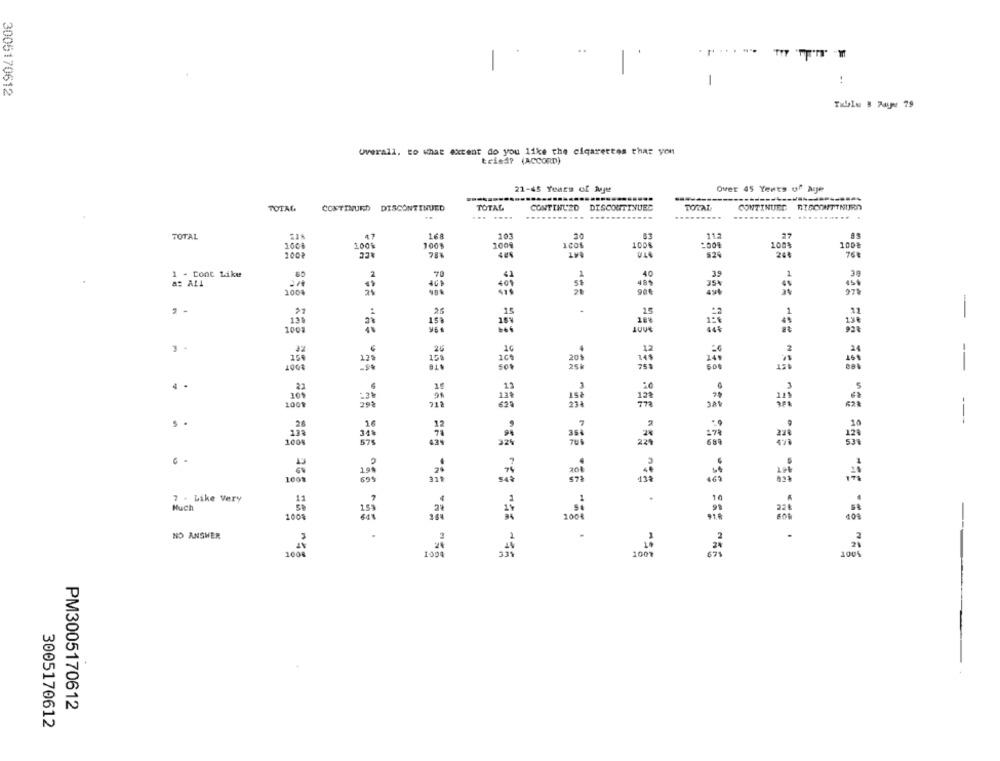
----
-
3005170612
Overall. to what extent do you like the cigarettes thar you
tried? (ACCORD)
21-45 Years of Age
Over 45 Years of Me
TOTAL
CONTINUED
TOTAL
CONTINUED DISCONTINUED
TOTAL
CONTINUED DISCONTINUED
... ...
-------
TOTAL
47
168
103
1001
1004
100%
100%
1008
100?
785
524
260
760
1 - Cont Like
2
1
70
a: ALL
200
2 -
:
.25
15
15
-
100
3 -
125
,26
-90
4 .
1009
.16
,20
575
100%
7 - Like Very
Much
159
1000
100€
NO ANSWER
100%
100
100%
PM3005170612
3005170612